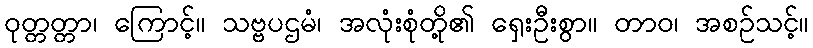
ဝုတ္တတ္တာ၊ ကြောင့်။ သဗ္ဗပဌမံ၊ အလုံးစုံတို့၏ ရှေးဦးစွာ။ တာဝ၊ အစဉ်သင့်။